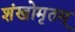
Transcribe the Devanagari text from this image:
शंखोमृतम्